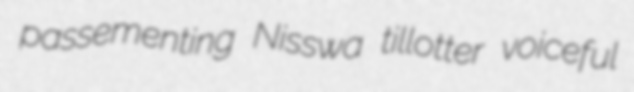
passementing Nisswa tillotter voiceful